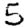
Digit: 5